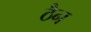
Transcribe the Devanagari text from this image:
ठैन